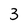
Character: 3